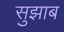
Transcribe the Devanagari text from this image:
सुझाब